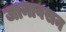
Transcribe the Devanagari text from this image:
जानावसन